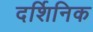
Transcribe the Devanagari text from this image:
दर्शिनिक